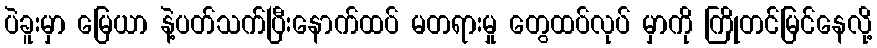
ပဲခူးမှာ မြေယာ နဲ့ပတ်သက်ပြီးနောက်ထပ် မတရားမှု တွေထပ်လုပ် မှာကို ကြိုတင်မြင်နေလို့